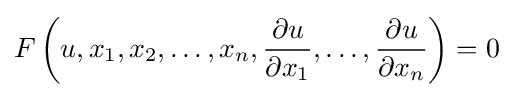
F\left(u,x_{1},x_{2},\dots ,x_{n},{\frac {\partial u}{\partial x_{1}}},\dots ,{\frac {\partial u}{\partial x_{n}}}\right)=0